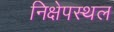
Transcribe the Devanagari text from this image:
निक्षेपस्थल